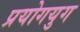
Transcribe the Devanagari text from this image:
प्रयोगयुग